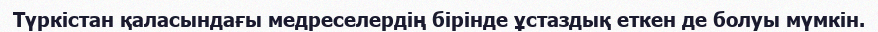
Түркістан қаласындағы медреселердің бірінде ұстаздық еткен де болуы мүмкін.